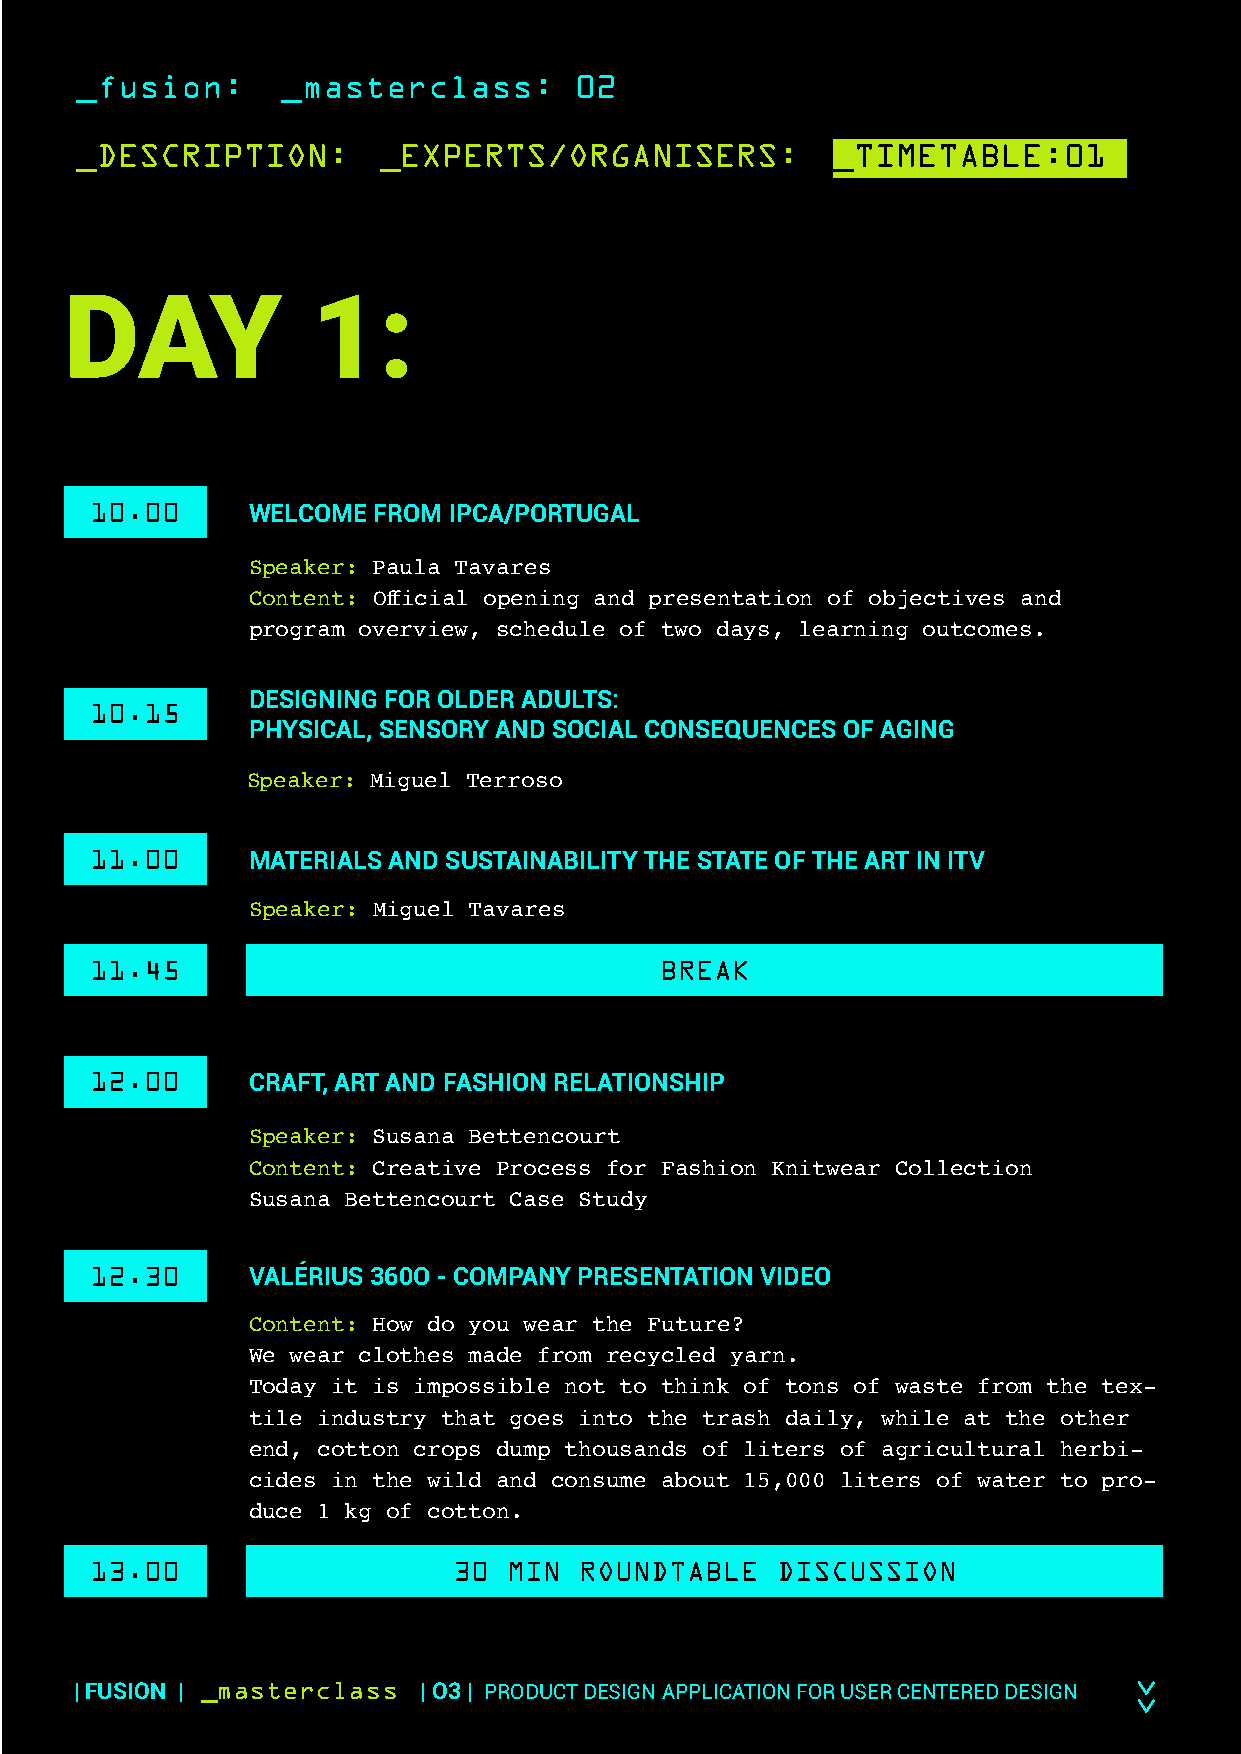
_fusion:      _masterclass:      02
 _DESCRIPTION:       _EXPERTS/ORGANISERS:          _TIMETABLE:01
 DAY              1:
 10.00     WELCOME  FROM IPCA/PORTUGAL
 Speaker: Paula Tavares
 Content: Official opening and presentation of objectives and
 program overview, schedule of two days, learning outcomes.
 DESIGNING FOR OLDER ADULTS:
 10.15
 PHYSICAL, SENSORY AND SOCIAL CONSEQUENCES OF AGING
 Speaker: Miguel Terroso
 11.00     MATERIALS AND SUSTAINABILITY THE STATE OF THE ART IN ITV
 Speaker: Miguel Tavares
 11.45                                 BREAK
 12.00     CRAFT, ART AND FASHION RELATIONSHIP
 Speaker: Susana Bettencourt
 Content: Creative Process for Fashion Knitwear Collection
 Susana Bettencourt Case Study
 12.30     VALÉRIUS 360O - COMPANY PRESENTATION VIDEO
 Content: How do you wear the Future?
 We wear clothes made from recycled yarn.
 Today it is impossible not to think of tons of waste from the tex-
 tile industry that goes into the trash daily, while at the other
 end, cotton crops dump thousands of liters of agricultural herbi-
 cides in the wild and consume about 15,000 liters of water to pro-
 duce 1 kg of cotton.
 13.00                   30  MIN ROUNDTABLE   DISCUSSION
 | FUSION | _masterclass | O3 | PRODUCT DESIGN APPLICATION FOR USER CENTERED DESIGN >>